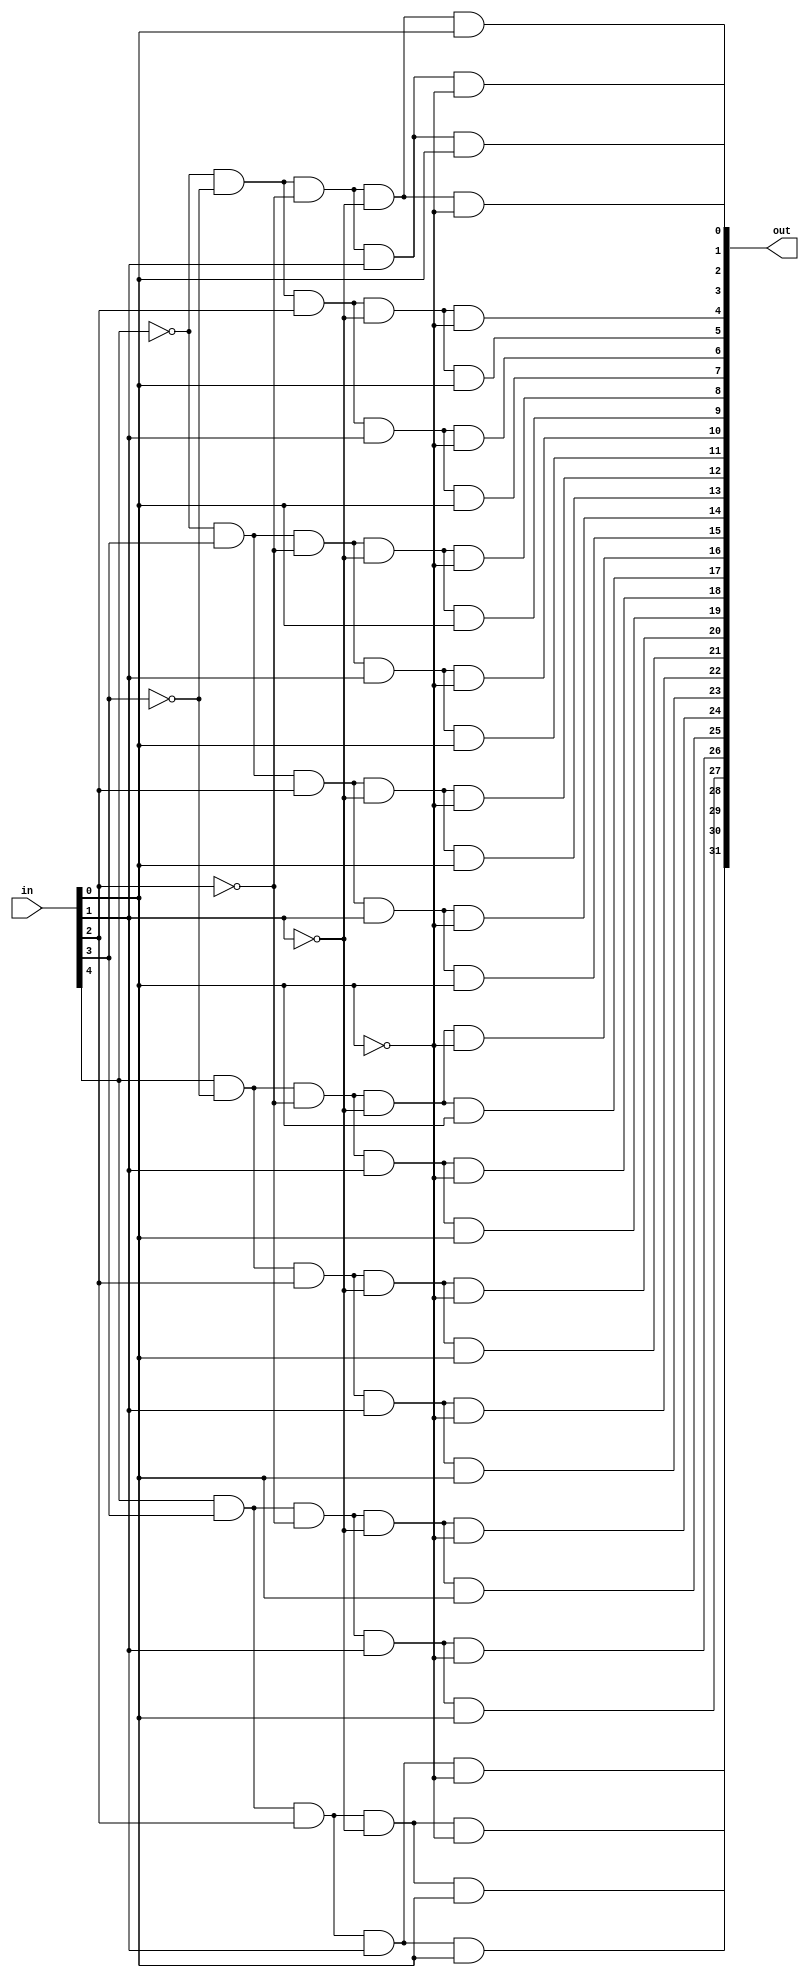
module decoder_5to32_32bit(in, out);
	input [4:0] in;
	output [31:0] out;
	
	wire [4:0] not_in;
	
	genvar i;
	generate
	for(i=0;i<5'd5;i=i+1) begin:not_gate
		not(not_in[i], in[i]);
	end
	endgenerate
	
	and my_and0(out[0], not_in[4], not_in[3], not_in[2], not_in[1], not_in[0]);
	and my_and1(out[1], not_in[4], not_in[3], not_in[2], not_in[1], in[0]);
	and my_and2(out[2], not_in[4], not_in[3], not_in[2], in[1], not_in[0]);
	and my_and3(out[3], not_in[4], not_in[3], not_in[2], in[1], in[0]);
	and my_and4(out[4], not_in[4], not_in[3], in[2], not_in[1], not_in[0]);
	and my_and5(out[5], not_in[4], not_in[3], in[2], not_in[1], in[0]);
	and my_and6(out[6], not_in[4], not_in[3], in[2], in[1], not_in[0]);
	and my_and7(out[7], not_in[4], not_in[3], in[2], in[1], in[0]);
	and my_and8(out[8], not_in[4], in[3], not_in[2], not_in[1], not_in[0]);
	and my_and9(out[9], not_in[4], in[3], not_in[2], not_in[1], in[0]);
	and my_and10(out[10], not_in[4], in[3], not_in[2], in[1], not_in[0]);
	and my_and11(out[11], not_in[4], in[3], not_in[2], in[1], in[0]);
	and my_and12(out[12], not_in[4], in[3], in[2], not_in[1], not_in[0]);
	and my_and13(out[13], not_in[4], in[3], in[2], not_in[1], in[0]);
	and my_and14(out[14], not_in[4], in[3], in[2], in[1], not_in[0]);
	and my_and15(out[15], not_in[4], in[3], in[2], in[1], in[0]);
	and my_and16(out[16], in[4], not_in[3], not_in[2], not_in[1], not_in[0]);
	and my_and17(out[17], in[4], not_in[3], not_in[2], not_in[1], in[0]);
	and my_and18(out[18], in[4], not_in[3], not_in[2], in[1], not_in[0]);
	and my_and19(out[19], in[4], not_in[3], not_in[2], in[1], in[0]);
	and my_and20(out[20], in[4], not_in[3], in[2], not_in[1], not_in[0]);
	and my_and21(out[21], in[4], not_in[3], in[2], not_in[1], in[0]);
	and my_and22(out[22], in[4], not_in[3], in[2], in[1], not_in[0]);
	and my_and23(out[23], in[4], not_in[3], in[2], in[1], in[0]);
	and my_and24(out[24], in[4], in[3], not_in[2], not_in[1], not_in[0]);
	and my_and25(out[25], in[4], in[3], not_in[2], not_in[1], in[0]);
	and my_and26(out[26], in[4], in[3], not_in[2], in[1], not_in[0]);
	and my_and27(out[27], in[4], in[3], not_in[2], in[1], in[0]);
	and my_and28(out[28], in[4], in[3], in[2], not_in[1], not_in[0]);
	and my_and29(out[29], in[4], in[3], in[2], not_in[1], in[0]);
	and my_and30(out[30], in[4], in[3], in[2], in[1], not_in[0]);
	and my_and31(out[31], in[4], in[3], in[2], in[1], in[0]);
	
endmodule